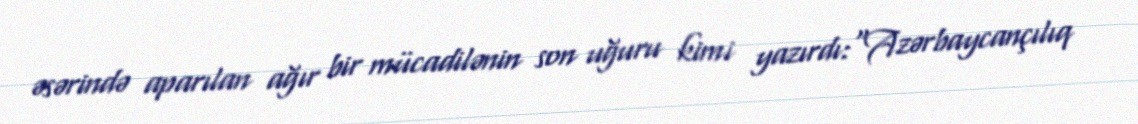
əsərində aparılan ağır bir mücadilənin son uğuru kimi yazırdı:"Azərbaycançılıq